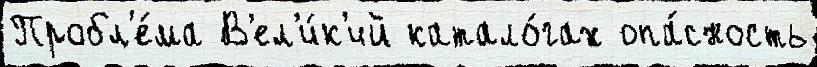
Пробл'е́ма В'ел'и́к'ий катало́гах опа́сность